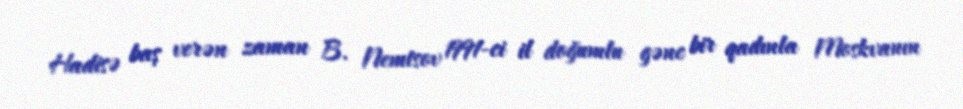
Hadisə baş verən zaman B. Nemtsov 1991-ci il doğumlu gənc bir qadınla Moskvanın